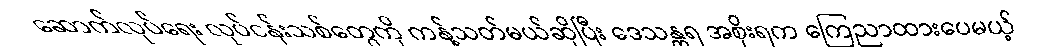
ဆောက်လုပ်ရေး လုပ်ငန်းသစ်တွေကို ကန့်သတ်မယ်ဆိုပြီး ဒေသန္တရ အစိုးရက ကြေညာထားပေမယ့်